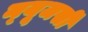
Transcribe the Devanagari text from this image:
न्‍यूजर्सी